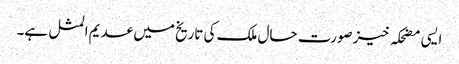
ایسی مضحکہ خیز صورت حال ملک کی تاریخ میں عدیم المثل ہے۔